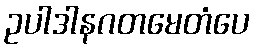
ဥပါဒါနဂတမေတံပေ